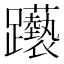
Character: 𲄕